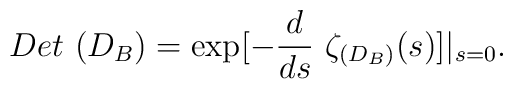
Det\ (D_B)=\exp [-\frac d{ds}\ \zeta _{(D_B)}(s)]\vert _{s=0} .